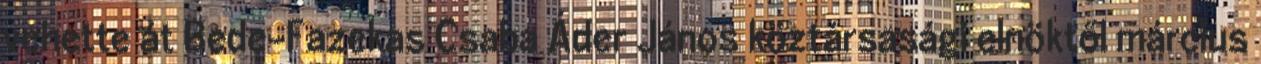
vehette át Bede-Fazekas Csaba Áder János köztársasági elnöktől március